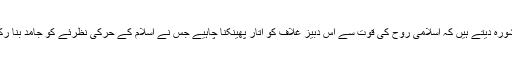
اقبال مشورہ دیتے ہیں کہ اسلامی روح کی قوت سے اس دبیز غلاف کو اتار پھینکنا چاہیے جس نے اسلام کے حرکی نظرئے کو جامد بنا رکھا ہے۔